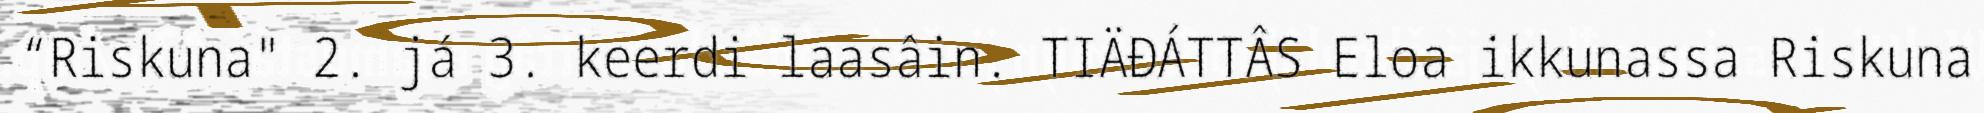
“Riskuna" 2. já 3. keerdi laasâin. TIÄĐÁTTÂS Eloa ikkunassa Riskuna